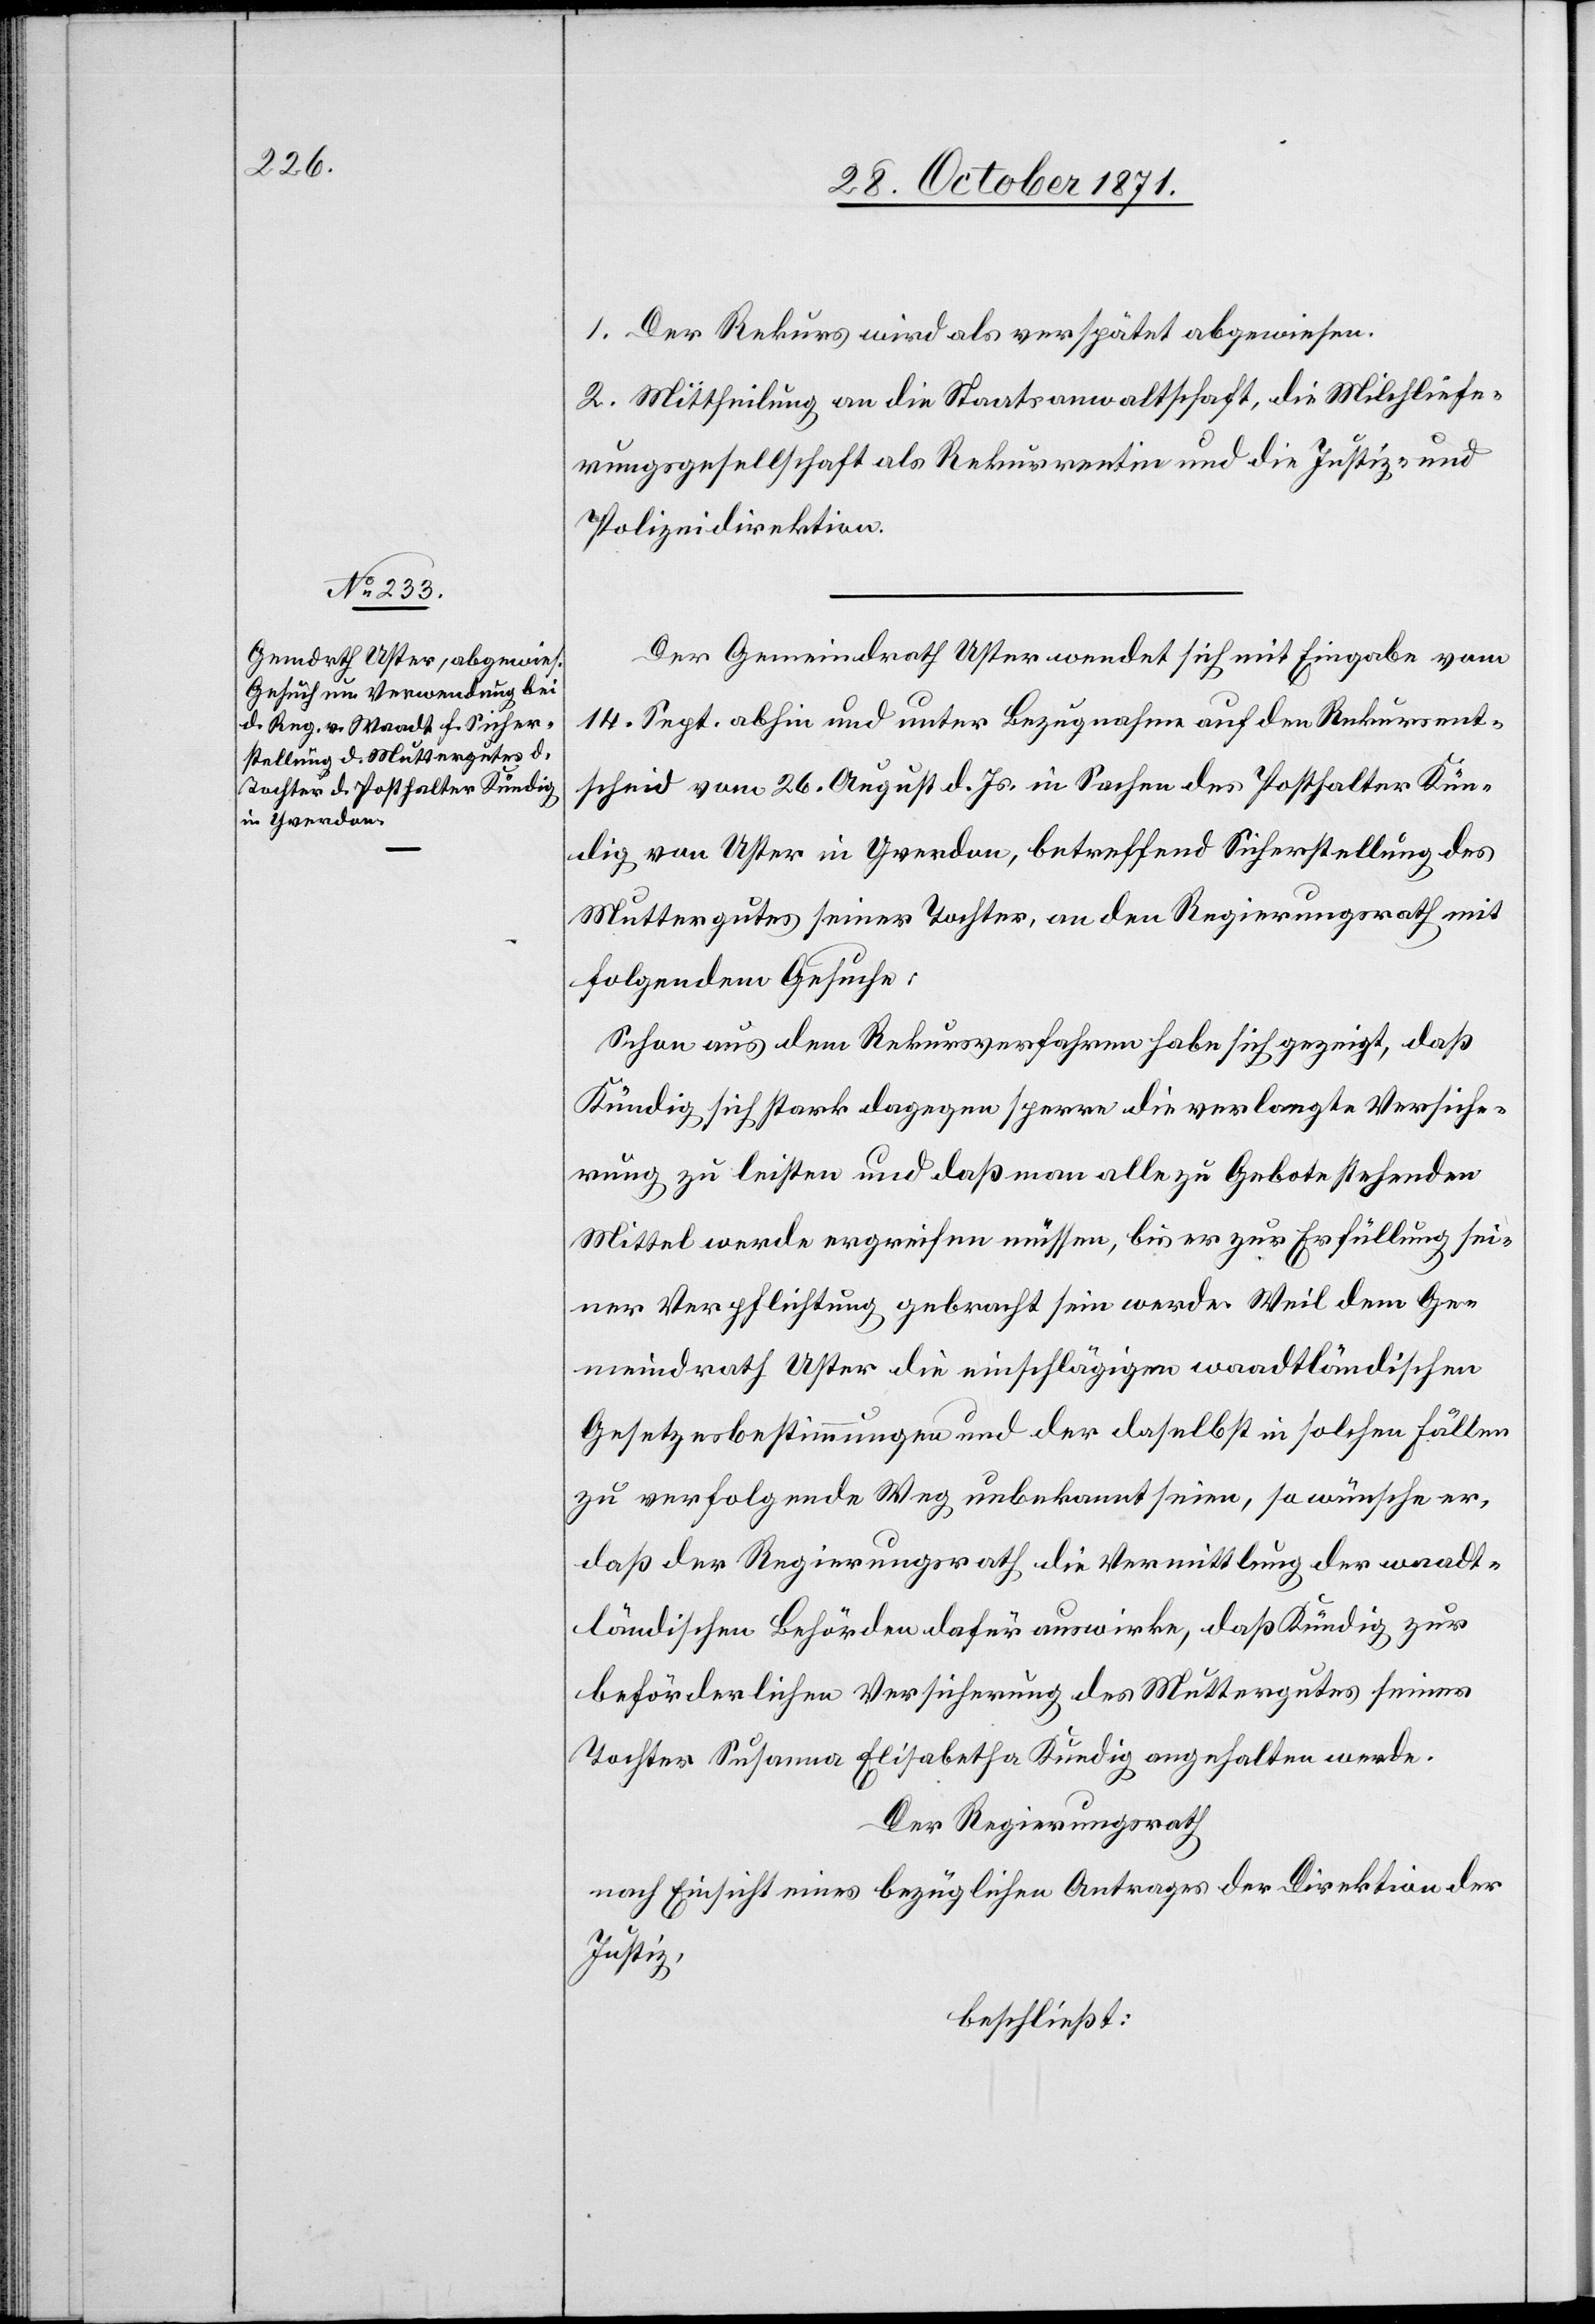
1. Der Rekurs wird als verspätet abgewiesen.
2. Mittheilung an die Staatsanwaltschaft, die Milchliefe¬
rungsgesellschaft als Rekurrentin und die Justiz- und
Polizeidirektion.
Der Gemeindrath Uster wendet sich mit Eingabe vom
14. Sept. abhin und unter Bezugnahme auf den Rekursent¬
scheid vom 26. August d. Js. in Sachen des Posthalter Kün¬
dig von Uster in Yverdon, betreffend Sicherstellung des
Muttergutes seiner Tochter, an den Regierungsrath mit
folgendem Gesuche:
Schon aus dem Rekursverfahren habe sich gezeigt, daß
Kündig sich stark dagegen sperre die verlangte Versiche¬
rung zu leisten und daß man alle zu Gebote stehenden
Mittel werde ergreifen müssen, bis er zur Erfüllung sei¬
ner Verpflichtung gebracht sein werde. Weil dem Ge¬
meindrath Uster die einschlägigen waadtländischen
Gesetzesbestimmungen und der daselbst in solchen Fällen
zu verfolgende Weg unbekannt seien, so wünsche er,
daß der Regierungsrath die Vermittlung der waadt¬
ländischen Behörden dafür auswirke, das Kündig zur
beförderlichen Versicherung des Muttergutes seiner
Tochter Susanna Elisabetha Kündig angehalten werde.
Der Regierungsrath
nach Einsicht eines bezüglichen Antrages der Direktion der
Justiz,
beschließt: